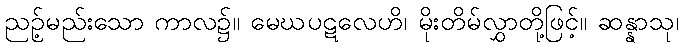
ညဉ့်မည်းသော ကာလ၌။ မေဃပဋလေဟိ၊ မိုးတိမ်လွှာတို့ဖြင့်။ ဆန္နာသု၊